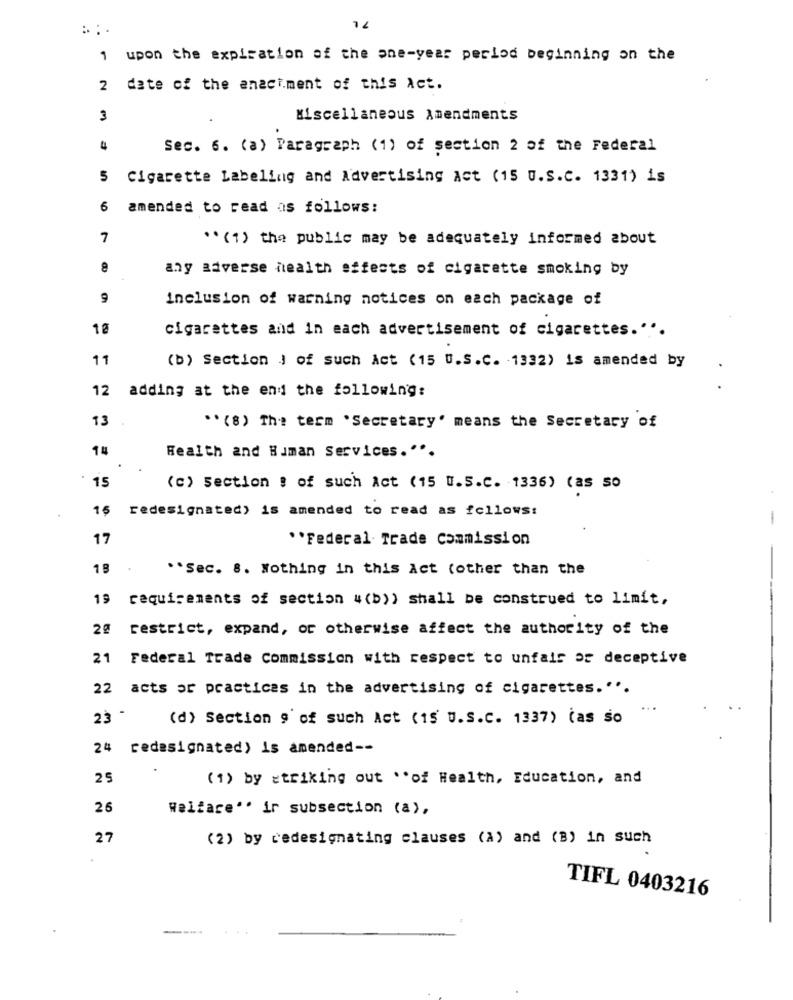
7L
1 upon the expiration of the one-year period beginning on the
2
date of the enactment of this Act.
3
Miscellaneous Amendments
Sec. 6. (a) Paragraph (1) of section 2 of the Federal
Cigarette Labeling and Advertising Act (15 U.S.C. 1331) is
6
amended to read as follows:
7
" (1) the public may be adequately informed about
any adverse health effects of cigarette smoking by
9
inclusion of warning notices on each package of
1ª
cigarettes and in each advertisement of cigarettes."".
11
(b) Section J of such Act (15 U.S.C. 1332) is amended by
12 adding at the end the following:
13
" (8) The term .Secretary' means the Secretary of
14
Health and Human Services."".
15
(c) Section : of such Act (15 U.S.C. 1336) (as so
15
redesignated) is amended to read as follows:
-
17
** Federal Trade commission
18
.. Sec. 8. Nothing in this Act (other than the
19
requirements of section " (b)) shall be construed to limit,
20 restrict, expand, or otherwise affect the authority of the
21 Federal Trade Commission with respect to unfais os deceptive
22 acts or practices in the advertising of cigarettes."".
23 -
(d) Section 9 of such Act (15 U.S.C. 1337) (as so
24 redesignated) is amended --
25
(1) by striking out .of Health, Education, and
26
Welfare". ir subsection (a),
27
(2) by cedesignating clauses (a) and (B) in such
TIFL 0403216
----